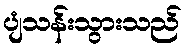
ပျံသန်းသွားသည်